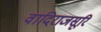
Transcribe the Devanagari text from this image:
वादिराजसूरि